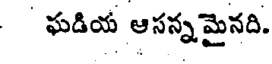
ఘడియ ఆసన్నమైనది.